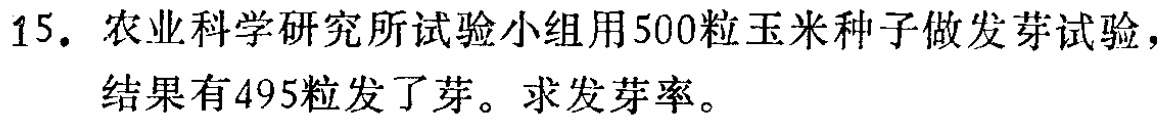
15. 农业科学研究所试验小组用500粒玉米种子做发芽试验，结果有495粒发了芽。求发芽率。